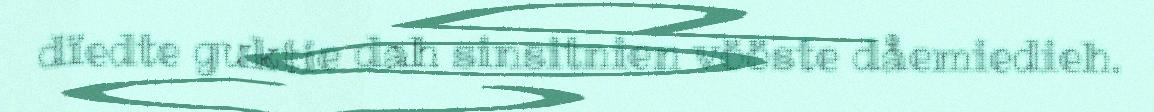
dïedte guktie dah sinsitnien vööste dåemiedieh.